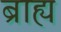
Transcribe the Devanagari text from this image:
ब्राह्य